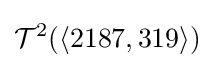
{\mathcal {T}}^{2}(\langle 2187,319\rangle )